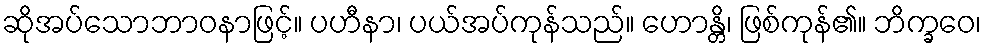
ဆိုအပ်သောဘာဝနာဖြင့်။ ပဟီနာ၊ ပယ်အပ်ကုန်သည်။ ဟောန္တိ၊ ဖြစ်ကုန်၏။ ဘိက္ခဝေ၊